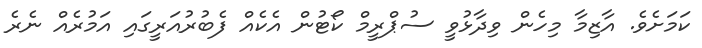
ކަމަށެވެ. އާޒިމާ މިހެން ވިދާޅުވީ ސުޕްރީމް ކޯޓުން އެކެއް ފެބުރުއަރީގައި އަމުރެއް ނެރެ